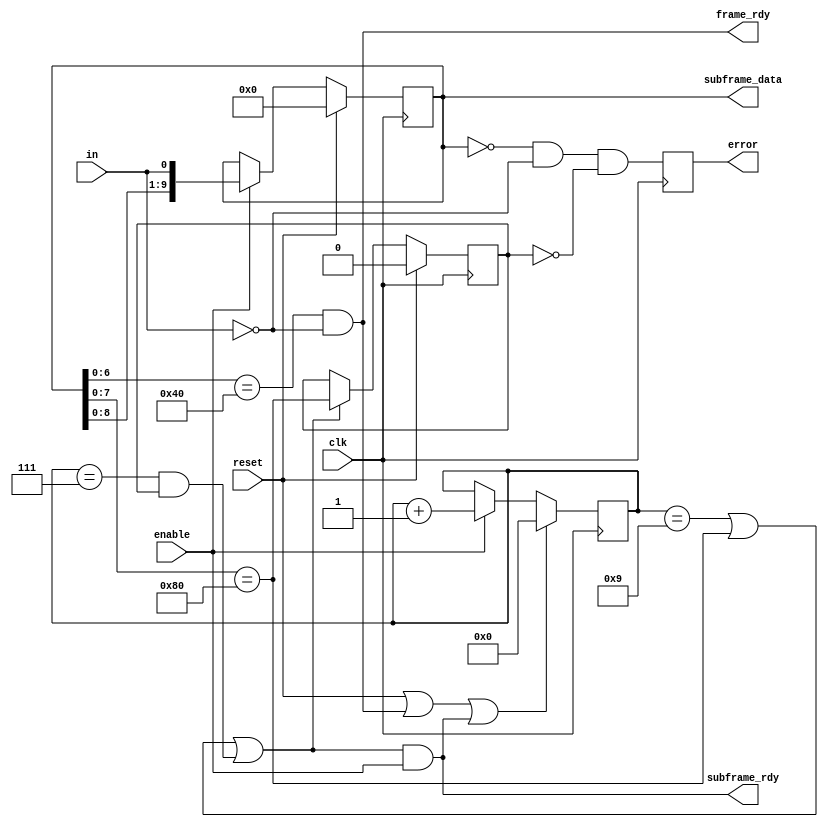
// Copyright (c) 2008 Ben Dyer
// 
// Permission is hereby granted, free of charge, to any person obtaining a copy
// of this software and associated documentation files (the "Software"), to deal
// in the Software without restriction, including without limitation the rights
// to use, copy, modify, merge, publish, distribute, sublicense, and/or sell
// copies of the Software, and to permit persons to whom the Software is
// furnished to do so, subject to the following conditions:
// 
// The above copyright notice and this permission notice shall be included in
// all copies or substantial portions of the Software.
// 
// THE SOFTWARE IS PROVIDED "AS IS", WITHOUT WARRANTY OF ANY KIND, EXPRESS OR
// IMPLIED, INCLUDING BUT NOT LIMITED TO THE WARRANTIES OF MERCHANTABILITY,
// FITNESS FOR A PARTICULAR PURPOSE AND NONINFRINGEMENT. IN NO EVENT SHALL THE
// AUTHORS OR COPYRIGHT HOLDERS BE LIABLE FOR ANY CLAIM, DAMAGES OR OTHER
// LIABILITY, WHETHER IN AN ACTION OF CONTRACT, TORT OR OTHERWISE, ARISING FROM,
// OUT OF OR IN CONNECTION WITH THE SOFTWARE OR THE USE OR OTHER DEALINGS IN
// THE SOFTWARE.

module frame_detector
(
	clk,
	reset,
	in,
	enable,
   
	subframe_data,
	subframe_rdy,
	frame_rdy,
	error
);

	// IOs
	input			clk, reset;
	
	input			in, enable;
	
	output [9:0]	subframe_data;
	output			subframe_rdy;
	output			frame_rdy;
	output			error;
	
	// IO regs
	reg				error;
	
	// Internal regs + connections
	wire			sync_frame, le;
	reg [3:0]		bit_count;
	reg [9:0]		sreg;
	reg				prev_frame_was_sync;
	
	// Shift data every clock cycle
	always @(posedge clk) begin
		if (reset)
			sreg <= 10'b0;
		else if (enable)
			sreg <= {sreg[8:0], in};
	end
	
	// Look for a synchronisation frame start, and then handle the next part of it.
	assign sync_frame = (sreg[6:0] == 7'b1000000 && in == 1'b0);//(sreg[7:0] == 8'b10000000);
	always @(posedge clk) begin
		if (reset)
			prev_frame_was_sync <= 1'b0;
		else if (le)
			prev_frame_was_sync <= (sreg[7:0] == 8'b10000000);
	end
	
	// Maintain the bit count, and latch the contents of the shift register every 8 or 10 bits, depending on whether or not it's a header frame
	assign le = (bit_count == 4'b1001) || (sreg[7:0] == 8'b10000000) || (bit_count == 4'b0111 && prev_frame_was_sync);
	always @(posedge clk) begin
		if (reset || frame_rdy || subframe_rdy)
			bit_count <= 4'b0;
		else if (enable)
			bit_count <= bit_count + 1'b1;
	end
	
	assign frame_rdy = sync_frame;
	assign subframe_data = sreg;
	assign subframe_rdy = le && enable;
	
	// Look for error conditions
	always @(posedge clk) begin
		error <= (sreg == 10'b0 && in == 0 && !prev_frame_was_sync);	// >10 consecutive zeros is an error
	end
endmodule